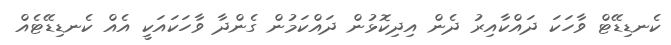
ކެނޑިޑޭޓް ވާހަކަ ދައްކާއިރު ދެން އިދިކޮޅުން ދައްކަމުން ގެންދާ ވާހަކައަކީ އެއް ކެނޑިޑޭޓެއް